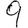
Digit: 9